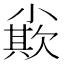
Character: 𡮪